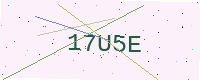
Text: 17U5E